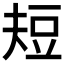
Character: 𰶘